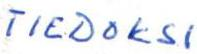
TIEDOKSI